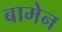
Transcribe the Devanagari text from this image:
बामेन